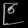
Digit: ၉